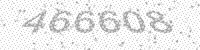
Solution: 466608